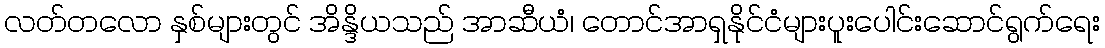
လတ်တလော နှစ်များတွင် အိန္ဒိယသည် အာဆီယံ၊ တောင်အာရှနိုင်ငံများပူးပေါင်းဆောင်ရွက်ရေး